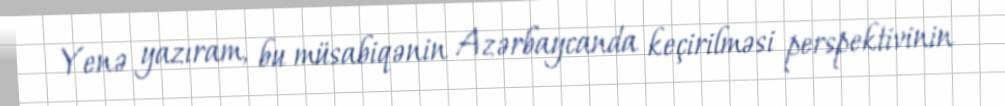
Yenə yazıram, bu müsabiqənin Azərbaycanda keçirilməsi perspektivinin